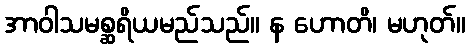
အာဝါသမစ္ဆရိယမည်သည်။ န ဟောတိ၊ မဟုတ်။